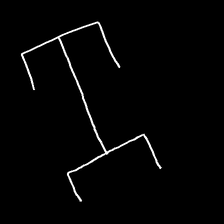
Glyph: entwine